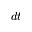
d t